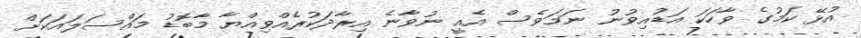
އުޅޭ ކަމުގެ ވާހަކަ އަޑުއިވުނު ނަމަވެސް އެއީ ނުވާނެ އިރާދަކުރެއްވިއްޔާ މާބޮޑު މައްސަލައަކަށް